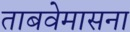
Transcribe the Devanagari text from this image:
ताबवेमासना